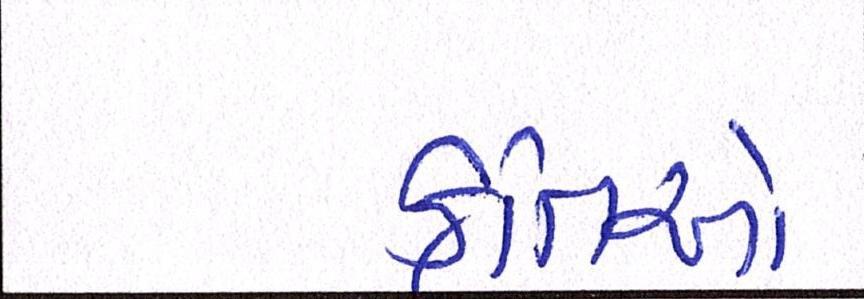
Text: કૃતિઓ